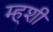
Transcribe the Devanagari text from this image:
म्ह्शी